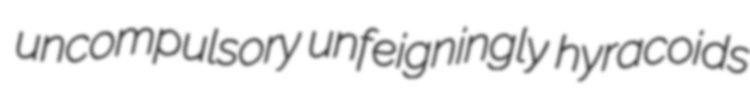
uncompulsory unfeigningly hyracoids